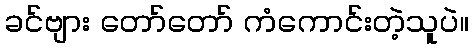
ခင်ဗျား တော်တော် ကံကောင်းတဲ့သူပဲ။